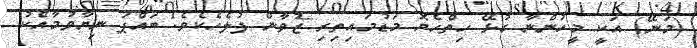
(މަނޭ) އަކީ މީހުންނާ ގުޅޭ ހިތްހެޔޮ މަޑުމައިތިރި ޒުވާން ފުލެހެކެވެ. ބައްޕަ ނިޔާވުމާއެކު